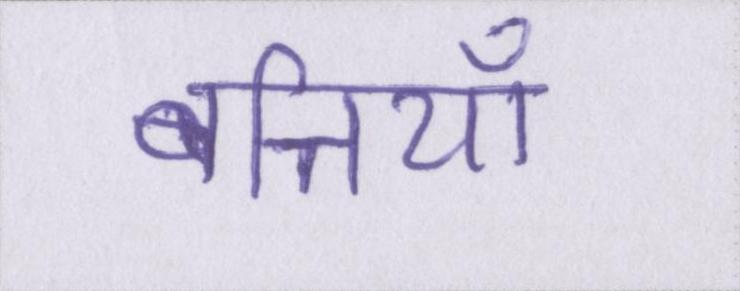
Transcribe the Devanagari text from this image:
बत्तियाँ